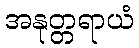
အနုတ္တရာယံ